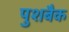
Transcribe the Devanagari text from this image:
पुशबैक